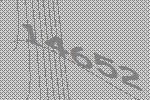
14652